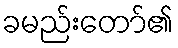
ခမည်းတော်၏